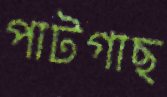
পাটগাছ